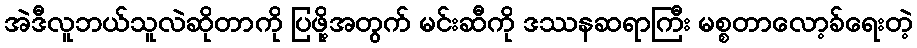
အဲဒီလူဘယ်သူလဲဆိုတာကို ပြဖို့အတွက် မင်းဆီကို ဒဿနဆရာကြီး မစ္စတာလော့ခ်ရေးတဲ့